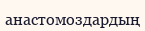
анастомоздардың